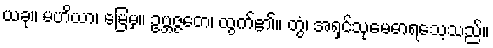
ယခု။ မဟိယာ၊ မြေမှ။ ဥဗ္ဘဇ္ဇတေ၊ ထွက်၏။ တွံ၊ အရှင်သုမေဓာရသေ့သည်။